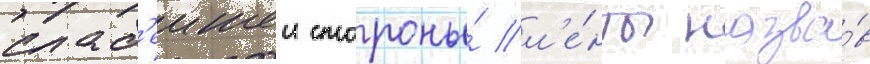
слаб'еишеи стороны́ л'е́нты назва́в